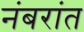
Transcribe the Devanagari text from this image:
नंबरांत